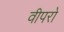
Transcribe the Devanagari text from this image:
वीपरो